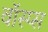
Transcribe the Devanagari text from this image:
वॉस्प्स